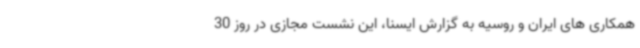
همکاری های ایران و روسیه به گزارش ایسنا، این نشست مجازی در روز 30